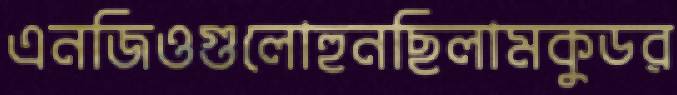
এনজিওগুলোহুনছিলামকুডর